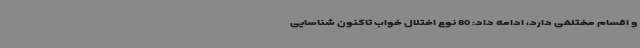
و اقسام مختلفی دارد، ادامه داد: 80 نوع اختلال خواب تاکنون شناسایی